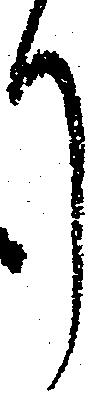
り